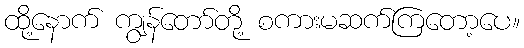
ထို့နောက် ကျွန်တော်တို့ စကားမဆက်ကြတော့ပေ။